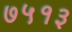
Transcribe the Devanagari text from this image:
७५१३